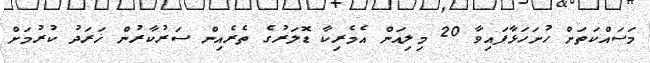
މަސައްކަތަށް ހުށަހަޅާފައިވާ 20 މިލިއަން އެމެރިކާ ޑޮލަރުގެ ތެރެއިން ސަރުކާރުން ޚަރަދު ކުރުމަށް